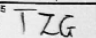
Transcription: TZG